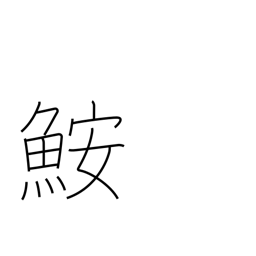
Meaning: angler-fish